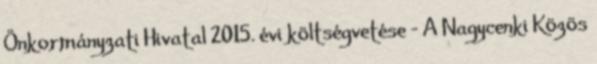
Önkormányzati Hivatal 2015. évi költségvetése - A Nagycenki Közös